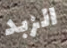
الزبد